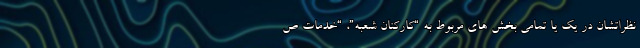
نظراتشان در یک یا تمامی بخش های مربوط به “کارکنان شعبه”، “خدمات ص